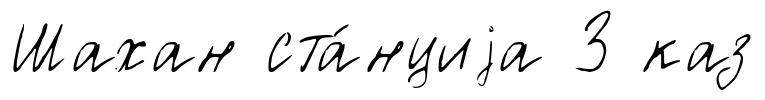
Шахан ста́нциjа З каз